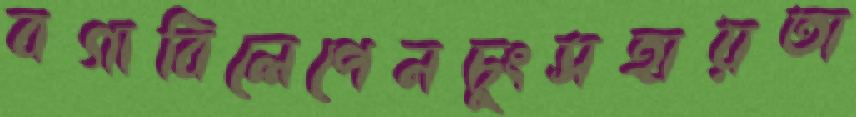
বগাবিলেপেনচুংসহায়তা